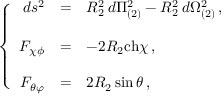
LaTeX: \left\{ \begin{array} { r c l } { { d s ^ { 2 } } } & { { = } } & { { R _ { 2 } ^ { 2 } \, d \Pi _ { ( 2 ) } ^ { 2 } - R _ { 2 } ^ { 2 } \, d \Omega _ { ( 2 ) } ^ { 2 } \, , } } \\ { { } } & { { } } & { { } } \\ { { F _ { \chi \phi } } } & { { = } } & { { - 2 R _ { 2 } \mathrm { c h } \chi \, , } } \\ { { } } & { { } } & { { } } \\ { { F _ { \theta \varphi } } } & { { = } } & { { 2 R _ { 2 } \sin { \theta } \, , } } \end{array} \right.